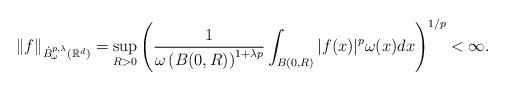
LaTeX: \begin{align*}\|f\|_{\dot{B}^{p,\lambda}_{\omega}(\mathbb R^d)}=\sup_{R>0}\left(\frac1{\omega\left(B(0,R)\right)^{1+\lambda p}}\int_{B(0,R)}|f(x)|^p\omega(x)dx\right)^{1/p}<\infty.\end{align*}